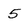
Character: 5